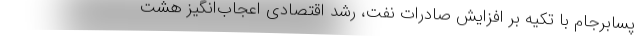
پسابرجام با تكیه بر افزایش صادرات نفت، رشد اقتصادی اعجاب‌انگیز هشت